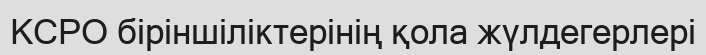
КСРО біріншіліктерінің қола жүлдегерлері